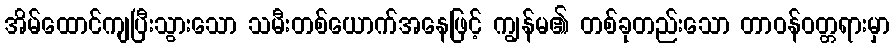
အိမ်ထောင်ကျပြီးသွားသော သမီးတစ်ယောက်အနေဖြင့် ကျွန်မ၏ တစ်ခုတည်းသော တာဝန်ဝတ္တရားမှာ